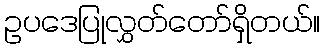
ဥပဒေပြုလွှတ်တော်ရှိတယ်။